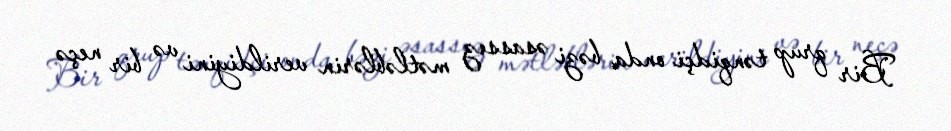
Bir qrup tənqidçi onda bəzi əsassız mətləblərin verildiyini və bir neçə